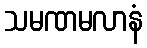
သမဏမလာနံ